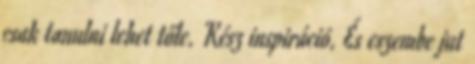
csak tanulni lehet tőle. Kész inspiráció. És eszembe jut